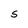
Character: S